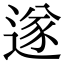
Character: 遂